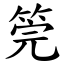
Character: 筦